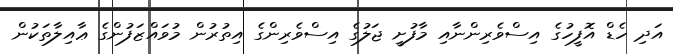
އަދި ހެޑް އޮފީހުގެ އިސްވެރިންނާއި މާފުށީ ޖަލުގެ އިސްވެރިންގެ އިތުރުން މުވައްޒަފުންގެ ޢާއިލާތަކުން